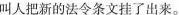
叫人把新的法令条文挂了出来。